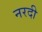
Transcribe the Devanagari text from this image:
नरदी